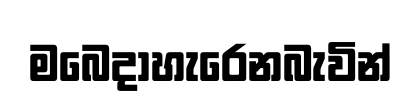
මබෙදාහැරෙනබැවින්